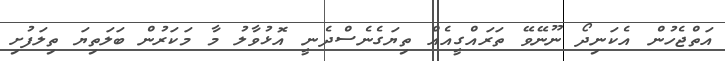
އަތްޖެހުން އެކަނިދޯ ނޫނޭވޭ ތަރައްގީއެއް ތިޔަގެނެސްދެނީ އޮޅުވާލު މާ މަކަރުން ބަލަތިޔަ ތިލަފުށި